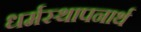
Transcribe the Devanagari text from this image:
धर्मस्थापनार्थ